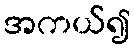
အကယ်၍